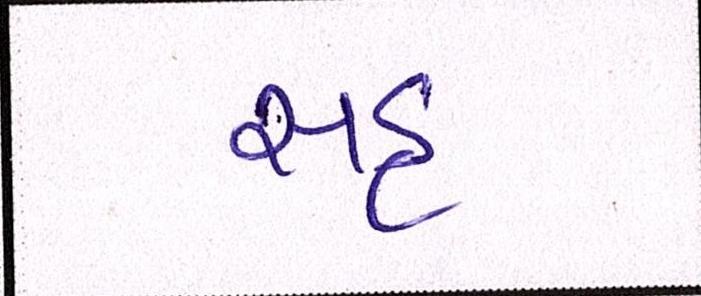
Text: સહુ